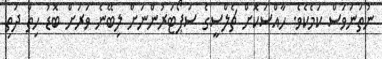
ނުތަނަވަސް ކަމެކެވެ. ހާއްސަކޮށް ޗެލްސީގެ ސަޕޯޓަރުންނަށް ލިބޭނެ ވަރަށް ބޮޑު ހިތް ދަތި